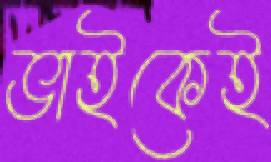
ভাইকেই